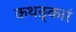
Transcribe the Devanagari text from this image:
कथङ्कारं